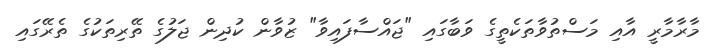
މާރާމާރީ އާއި މަސްތުވާތަކެތީގެ ވަބާގައި "ޖައްސާފައިވާ" ޒުވާން ކުދިން ޖަލުގެ ތޭރިތަކުގެ ތެރޭގައި